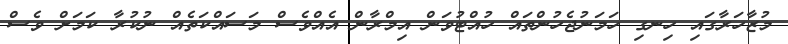
މުޒާހަރާގައި ހިނގި ހަމަނުޖެހުންތައް ހުއްޓުވަން އިމްރާން އެއްވެސް މަސައްކަތެއް ނުކުރާ ކަމަށް ވެސް